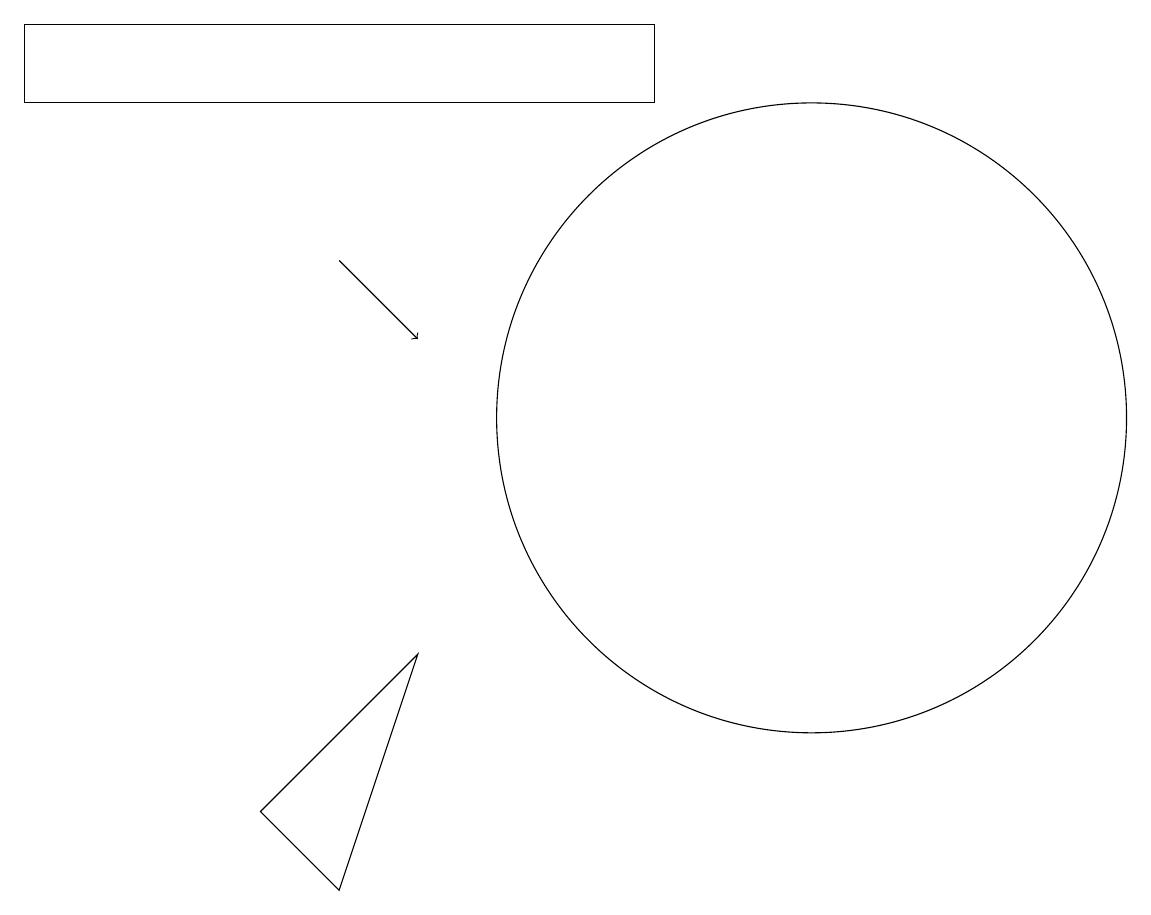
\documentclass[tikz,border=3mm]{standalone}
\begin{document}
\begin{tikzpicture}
\draw[->] (5,14) -- (6,13);
\draw (1,16) rectangle (9,17);
\draw (5,6) -- (4,7) -- (6,9) -- cycle;
\draw (11,12) circle (4);
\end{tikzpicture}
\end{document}